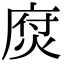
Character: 焤